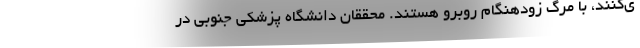
ی‌کنند، با مرگ زودهنگام روبرو هستند. محققان دانشگاه پزشکی جنوبی در